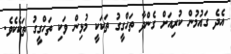
އެދެ ގައުމުން ކުރިއަށް ގެންދާ ތަހްގީގު ތަކަކީ މުޅިން ވަކި ތަހްގީގު ތަކެކެވެ.